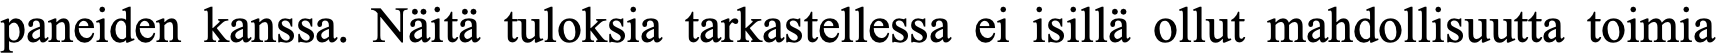
paneiden kanssa. Näitä tuloksia tarkastellessa ei isillä ollut mahdollisuutta toimia